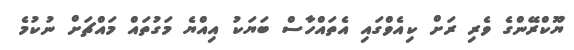
ޔޫކްރޭންގެ ވެރި ރަށް ކިއެވްގައި އެތައްހާސް ބަޔަކު އިއްޔެ މަގުތައް މައްޗަށް ނުކުމެ